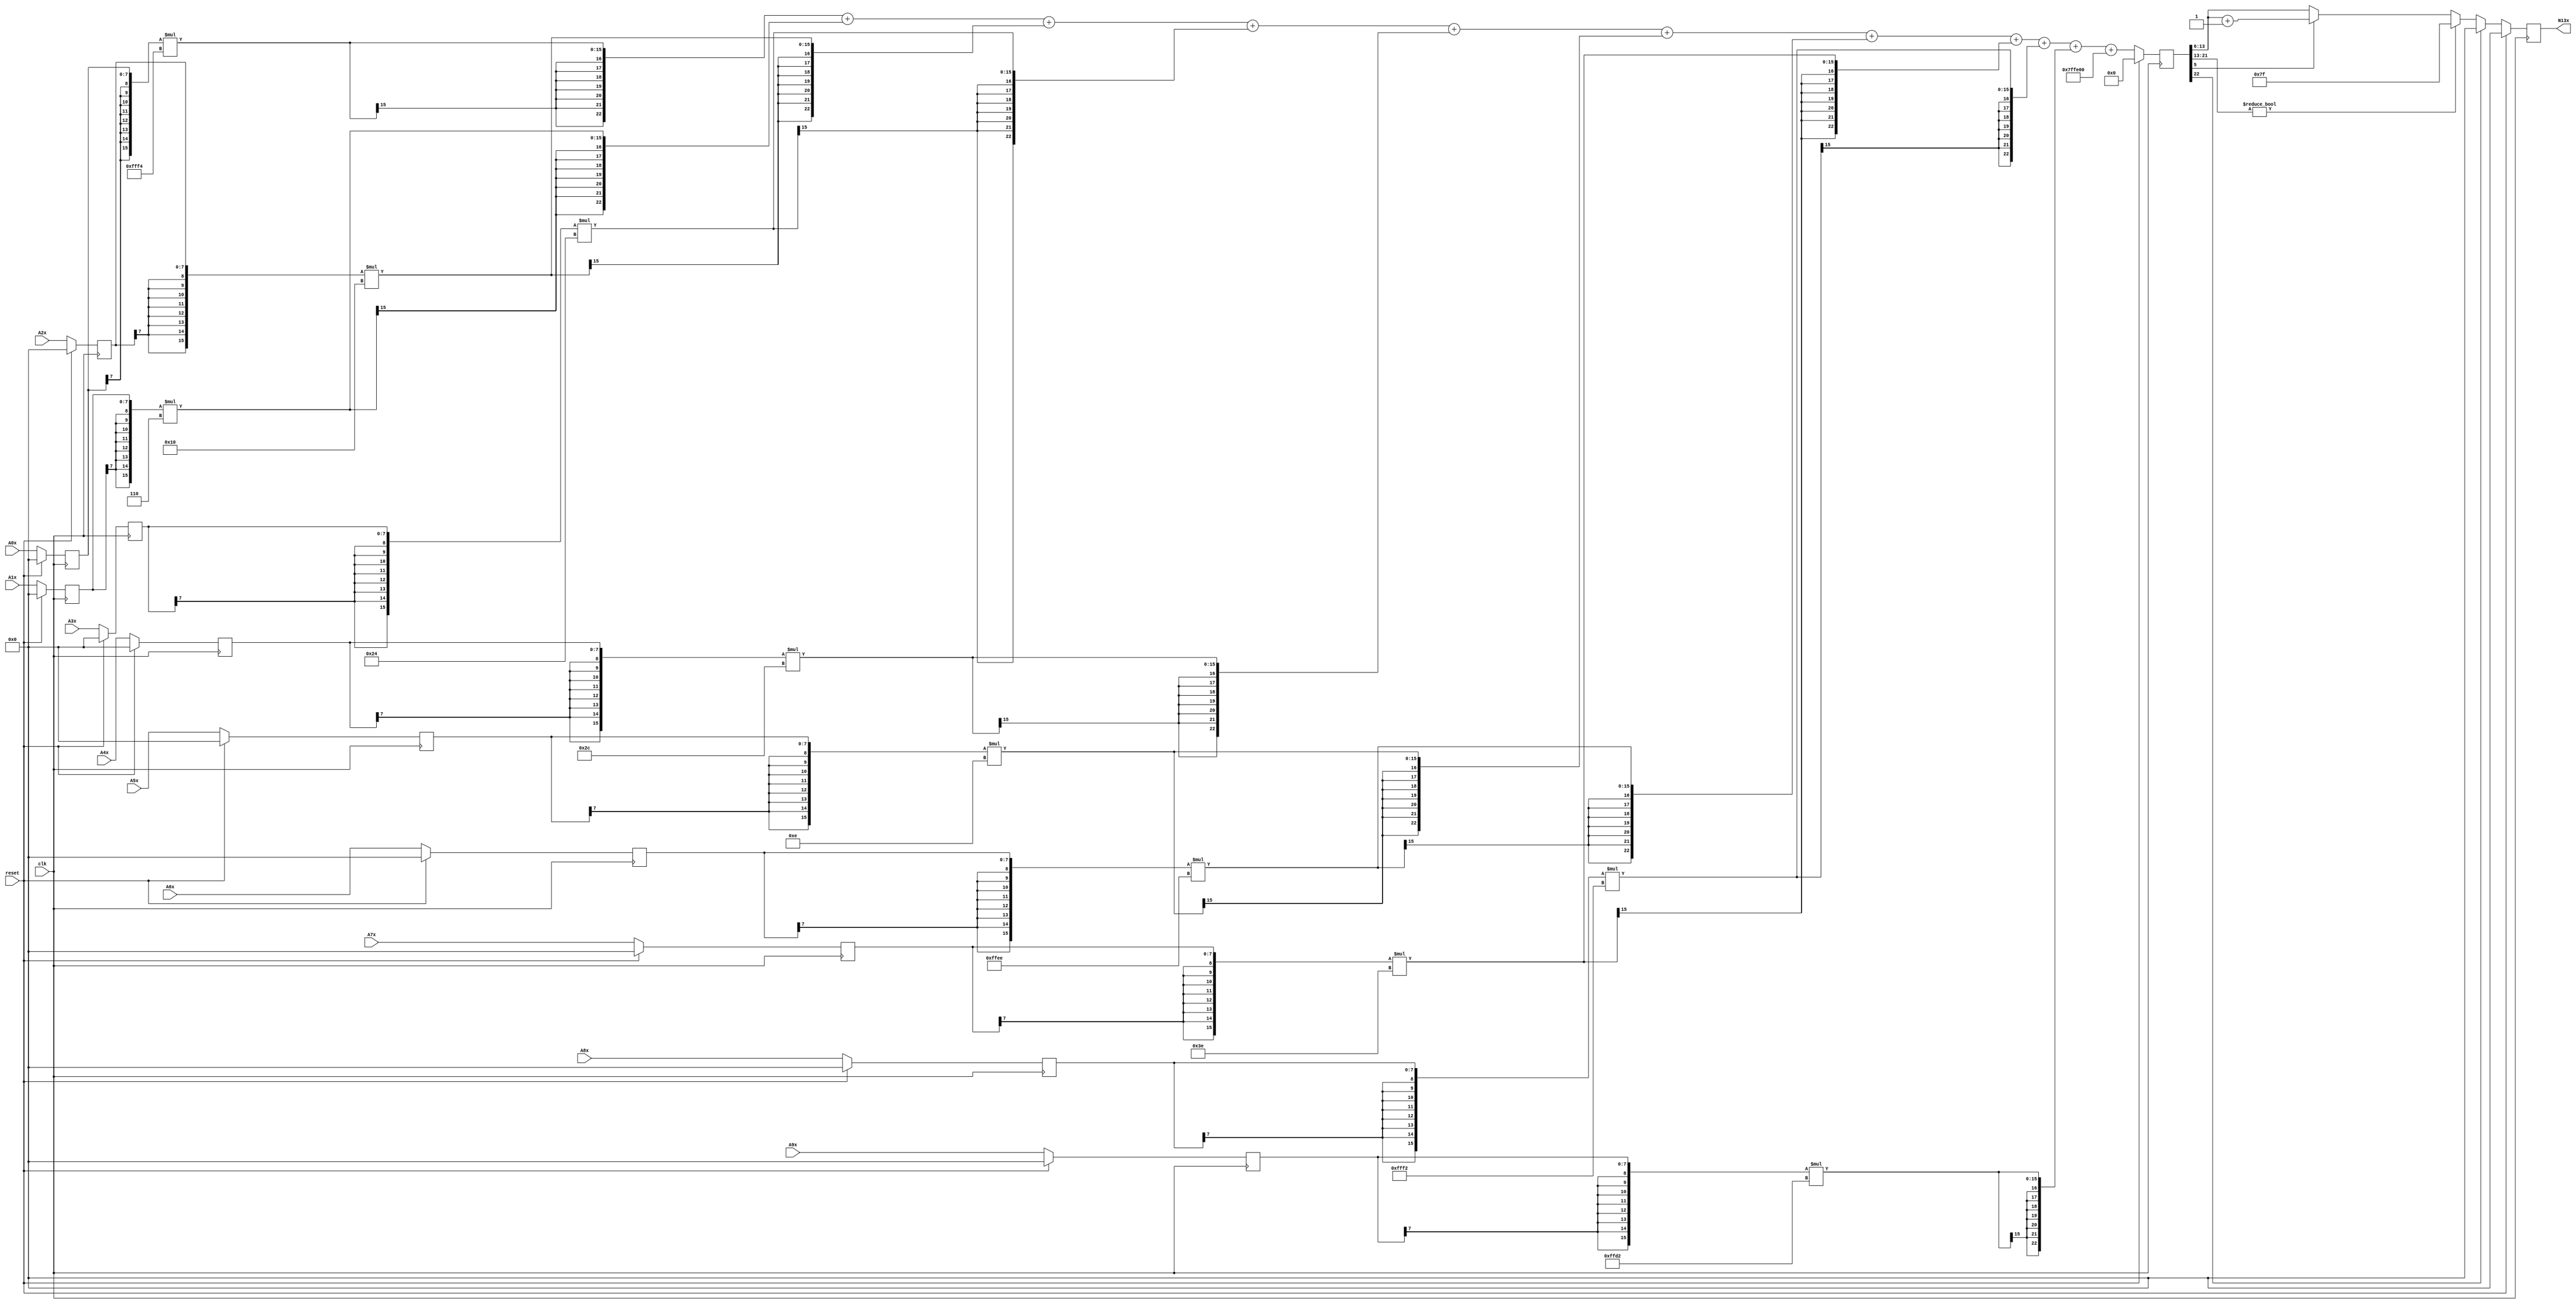
module node_3_13(clk,reset,N13x,A0x,A1x,A2x,A3x,A4x,A5x,A6x,A7x,A8x,A9x);
	input clk;
	input reset;
	input [7:0] A0x, A1x, A2x, A3x, A4x, A5x, A6x, A7x, A8x, A9x;
	reg [7:0] A0x_c, A1x_c, A2x_c, A3x_c, A4x_c, A5x_c, A6x_c, A7x_c, A8x_c, A9x_c;
	wire [15:0] sum0x, sum1x, sum2x, sum3x, sum4x, sum5x, sum6x, sum7x, sum8x, sum9x;
	output reg [7:0] N13x;
	reg [22:0] sumout;

	parameter [7:0] W0x=-8'd12;
	parameter [7:0] W1x=8'd6;
	parameter [7:0] W2x=8'd16;
	parameter [7:0] W3x=8'd36;
	parameter [7:0] W4x=8'd44;
	parameter [7:0] W5x=8'd14;
	parameter [7:0] W6x=-8'd18;
	parameter [7:0] W7x=8'd62;
	parameter [7:0] W8x=-8'd14;
	parameter [7:0] W9x=-8'd46;
	parameter [15:0] B0x=-16'd512;


	assign sum0x = {A0x_c[7],A0x_c[7],A0x_c[7],A0x_c[7],A0x_c[7],A0x_c[7],A0x_c[7],A0x_c[7],A0x_c}*{W0x[7],W0x[7],W0x[7],W0x[7],W0x[7],W0x[7],W0x[7],W0x[7],W0x};
	assign sum1x = {A1x_c[7],A1x_c[7],A1x_c[7],A1x_c[7],A1x_c[7],A1x_c[7],A1x_c[7],A1x_c[7],A1x_c}*{W1x[7],W1x[7],W1x[7],W1x[7],W1x[7],W1x[7],W1x[7],W1x[7],W1x};
	assign sum2x = {A2x_c[7],A2x_c[7],A2x_c[7],A2x_c[7],A2x_c[7],A2x_c[7],A2x_c[7],A2x_c[7],A2x_c}*{W2x[7],W2x[7],W2x[7],W2x[7],W2x[7],W2x[7],W2x[7],W2x[7],W2x};
	assign sum3x = {A3x_c[7],A3x_c[7],A3x_c[7],A3x_c[7],A3x_c[7],A3x_c[7],A3x_c[7],A3x_c[7],A3x_c}*{W3x[7],W3x[7],W3x[7],W3x[7],W3x[7],W3x[7],W3x[7],W3x[7],W3x};
	assign sum4x = {A4x_c[7],A4x_c[7],A4x_c[7],A4x_c[7],A4x_c[7],A4x_c[7],A4x_c[7],A4x_c[7],A4x_c}*{W4x[7],W4x[7],W4x[7],W4x[7],W4x[7],W4x[7],W4x[7],W4x[7],W4x};
	assign sum5x = {A5x_c[7],A5x_c[7],A5x_c[7],A5x_c[7],A5x_c[7],A5x_c[7],A5x_c[7],A5x_c[7],A5x_c}*{W5x[7],W5x[7],W5x[7],W5x[7],W5x[7],W5x[7],W5x[7],W5x[7],W5x};
	assign sum6x = {A6x_c[7],A6x_c[7],A6x_c[7],A6x_c[7],A6x_c[7],A6x_c[7],A6x_c[7],A6x_c[7],A6x_c}*{W6x[7],W6x[7],W6x[7],W6x[7],W6x[7],W6x[7],W6x[7],W6x[7],W6x};
	assign sum7x = {A7x_c[7],A7x_c[7],A7x_c[7],A7x_c[7],A7x_c[7],A7x_c[7],A7x_c[7],A7x_c[7],A7x_c}*{W7x[7],W7x[7],W7x[7],W7x[7],W7x[7],W7x[7],W7x[7],W7x[7],W7x};
	assign sum8x = {A8x_c[7],A8x_c[7],A8x_c[7],A8x_c[7],A8x_c[7],A8x_c[7],A8x_c[7],A8x_c[7],A8x_c}*{W8x[7],W8x[7],W8x[7],W8x[7],W8x[7],W8x[7],W8x[7],W8x[7],W8x};
	assign sum9x = {A9x_c[7],A9x_c[7],A9x_c[7],A9x_c[7],A9x_c[7],A9x_c[7],A9x_c[7],A9x_c[7],A9x_c}*{W9x[7],W9x[7],W9x[7],W9x[7],W9x[7],W9x[7],W9x[7],W9x[7],W9x};

	always@(posedge clk) begin

		if(reset)
			begin
			N13x<=8'd0;
			sumout<=16'd0;
			A0x_c <= 8'd0;
			A1x_c <= 8'd0;
			A2x_c <= 8'd0;
			A3x_c <= 8'd0;
			A4x_c <= 8'd0;
			A5x_c <= 8'd0;
			A6x_c <= 8'd0;
			A7x_c <= 8'd0;
			A8x_c <= 8'd0;
			A9x_c <= 8'd0;
			end
		else
			begin
			A0x_c <= A0x;
			A1x_c <= A1x;
			A2x_c <= A2x;
			A3x_c <= A3x;
			A4x_c <= A4x;
			A5x_c <= A5x;
			A6x_c <= A6x;
			A7x_c <= A7x;
			A8x_c <= A8x;
			A9x_c <= A9x;
			sumout<={sum0x[15],sum0x[15],sum0x[15],sum0x[15],sum0x[15],sum0x[15],sum0x[15],sum0x}+{sum1x[15],sum1x[15],sum1x[15],sum1x[15],sum1x[15],sum1x[15],sum1x[15],sum1x}+{sum2x[15],sum2x[15],sum2x[15],sum2x[15],sum2x[15],sum2x[15],sum2x[15],sum2x}+{sum3x[15],sum3x[15],sum3x[15],sum3x[15],sum3x[15],sum3x[15],sum3x[15],sum3x}+{sum4x[15],sum4x[15],sum4x[15],sum4x[15],sum4x[15],sum4x[15],sum4x[15],sum4x}+{sum5x[15],sum5x[15],sum5x[15],sum5x[15],sum5x[15],sum5x[15],sum5x[15],sum5x}+{sum6x[15],sum6x[15],sum6x[15],sum6x[15],sum6x[15],sum6x[15],sum6x[15],sum6x}+{sum7x[15],sum7x[15],sum7x[15],sum7x[15],sum7x[15],sum7x[15],sum7x[15],sum7x}+{sum8x[15],sum8x[15],sum8x[15],sum8x[15],sum8x[15],sum8x[15],sum8x[15],sum8x}+{sum9x[15],sum9x[15],sum9x[15],sum9x[15],sum9x[15],sum9x[15],sum9x[15],sum9x}+{B0x[15],B0x[15],B0x[15],B0x[15],B0x[15],B0x[15],B0x[15],B0x};

			if(sumout[22]==0)
				begin
				if(sumout[21:13]!=9'b0)
					N13x<=8'd127;
				else
					begin
					if(sumout[5]==1)
						N13x<=sumout[13:6]+8'd1;
					else
						N13x<=sumout[13:6];
					end
				end
			else
				N13x<=8'd0;
			end
		end
endmodule